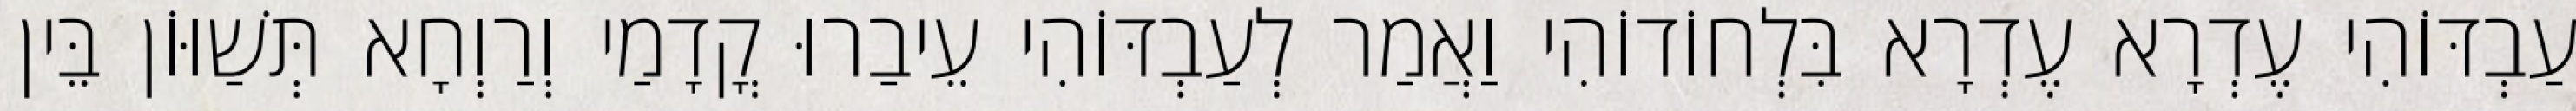
עַבְדּוֹהִי עֶדְרָא עֶדְרָא בִּלְחוֹדוֹהִי וַאֲמַר לְעַבְדּוֹהִי עֵיבַרוּ קֳדָמַי וְרַוְחָא תְּשַׁוּוֹן בֵּין